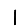
Digit: 1